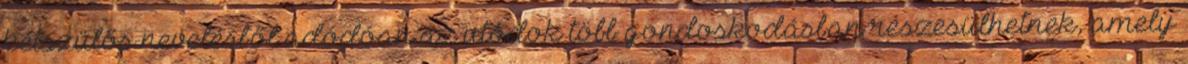
kétszülős nevelésből adódóan az utódok több gondoskodásban részesülhetnek, amely